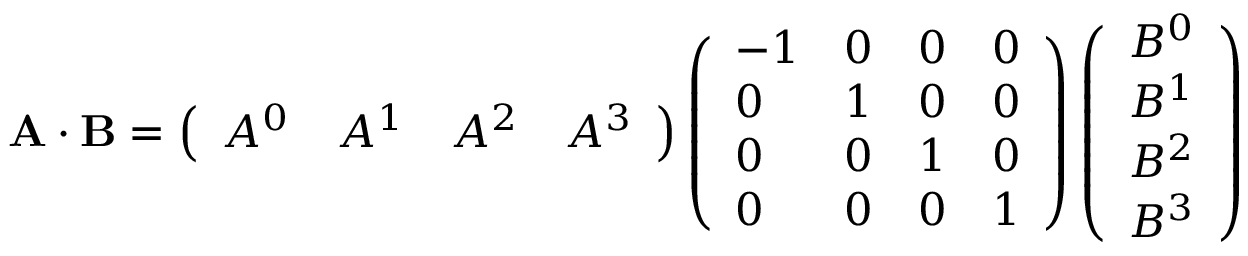
\mathbf { A \cdot B } = \left( { \begin{array} { l l l l } { A ^ { 0 } } & { A ^ { 1 } } & { A ^ { 2 } } & { A ^ { 3 } } \end{array} } \right) \left( { \begin{array} { l l l l } { - 1 } & { 0 } & { 0 } & { 0 } \\ { 0 } & { 1 } & { 0 } & { 0 } \\ { 0 } & { 0 } & { 1 } & { 0 } \\ { 0 } & { 0 } & { 0 } & { 1 } \end{array} } \right) \left( { \begin{array} { l } { B ^ { 0 } } \\ { B ^ { 1 } } \\ { B ^ { 2 } } \\ { B ^ { 3 } } \end{array} } \right)